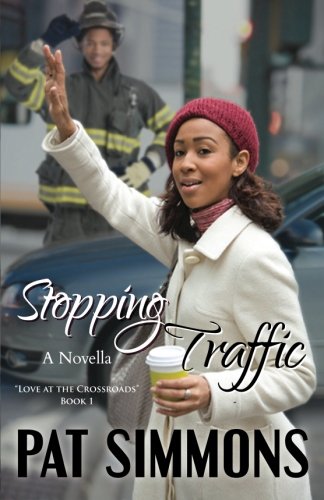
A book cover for Stopping Traffic (Love at The Crossroads) (Volume 1); Pat Simmons; Literature & Fiction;